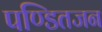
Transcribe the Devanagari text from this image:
पण्डितजन